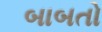
બાબતો